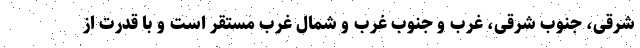
شرقی، جنوب شرقی، غرب و جنوب غرب و شمال غرب مستقر است و با قدرت از